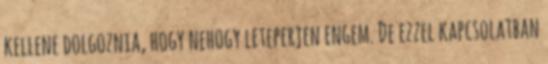
kellene dolgoznia, hogy nehogy leteperjen engem. De ezzel kapcsolatban